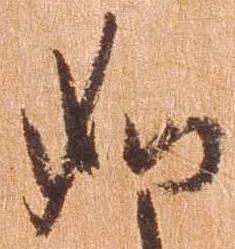
如